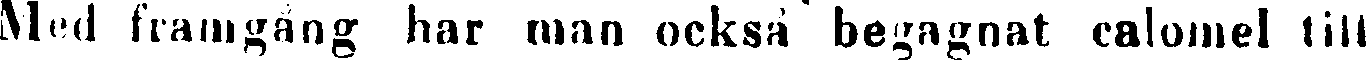
Med framgång har man också begagnat calomel till